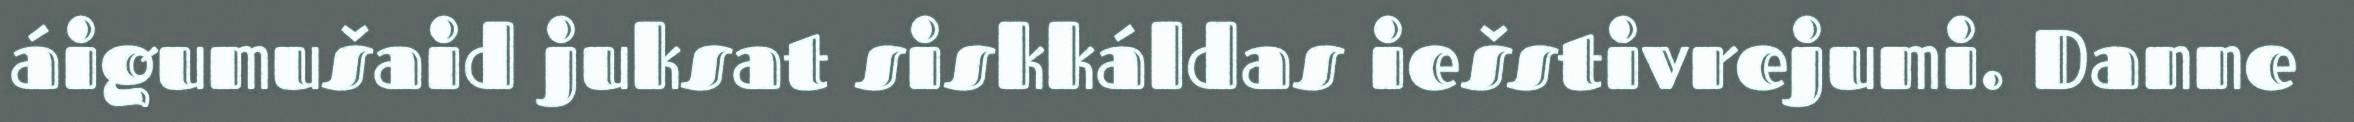
áigumušaid juksat siskkáldas iešstivrejumi. Danne